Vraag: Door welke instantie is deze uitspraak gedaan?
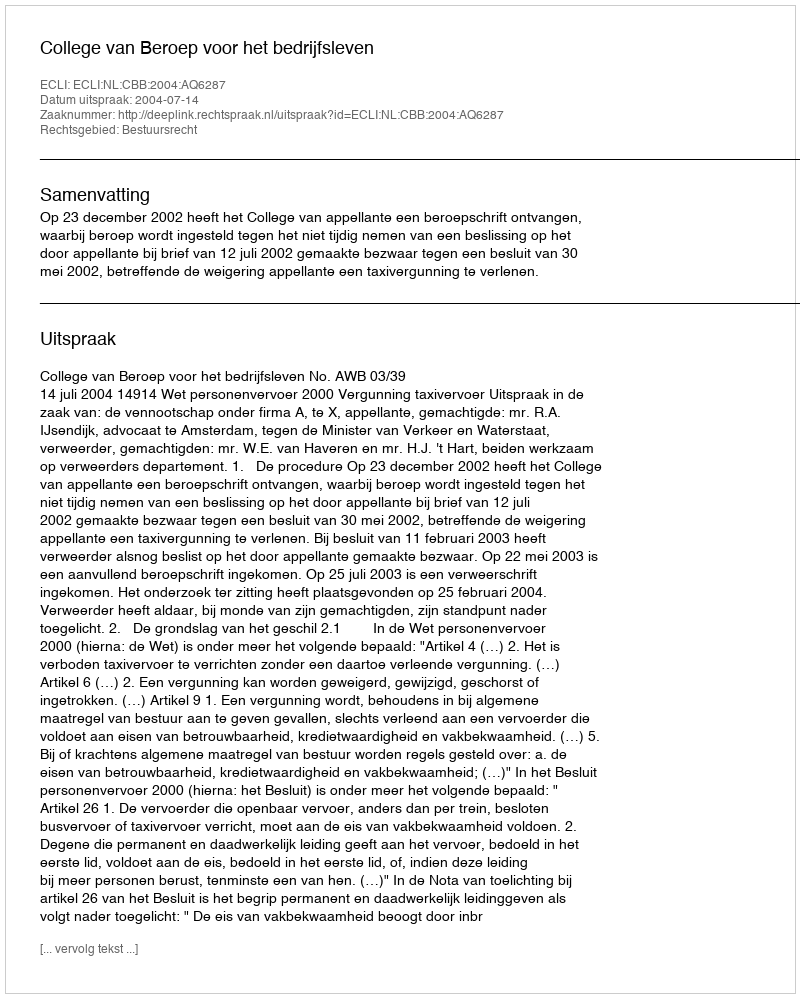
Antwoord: College van Beroep voor het bedrijfsleven